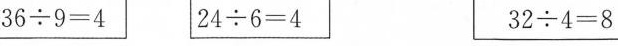
$$3 6 {\div} 9= 4$$ $$2 4 {\div} 6= 4$$ $$3 2 {\div} 4= 8$$